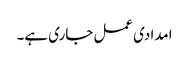
امدادی عمل جاری ہے۔